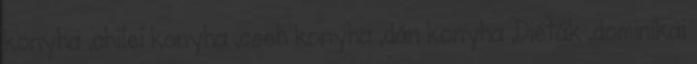
konyha ,chilei konyha ,cseh konyha ,dán konyha ,Diéták ,dominikai